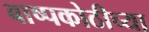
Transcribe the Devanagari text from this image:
बाष्पकोठीच्या